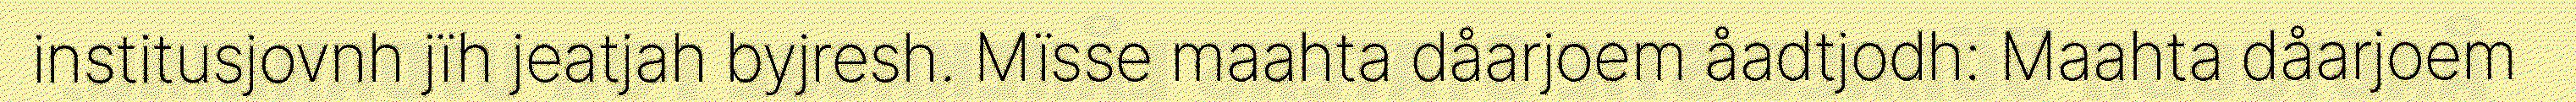
institusjovnh jïh jeatjah byjresh. Mïsse maahta dåarjoem åadtjodh: Maahta dåarjoem